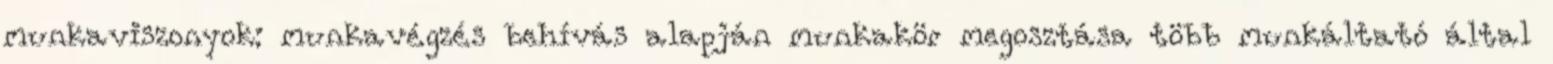
munkaviszonyok: munkavégzés behívás alapján munkakör megosztása több munkáltató által